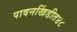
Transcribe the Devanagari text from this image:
पावनखिंडीत४८